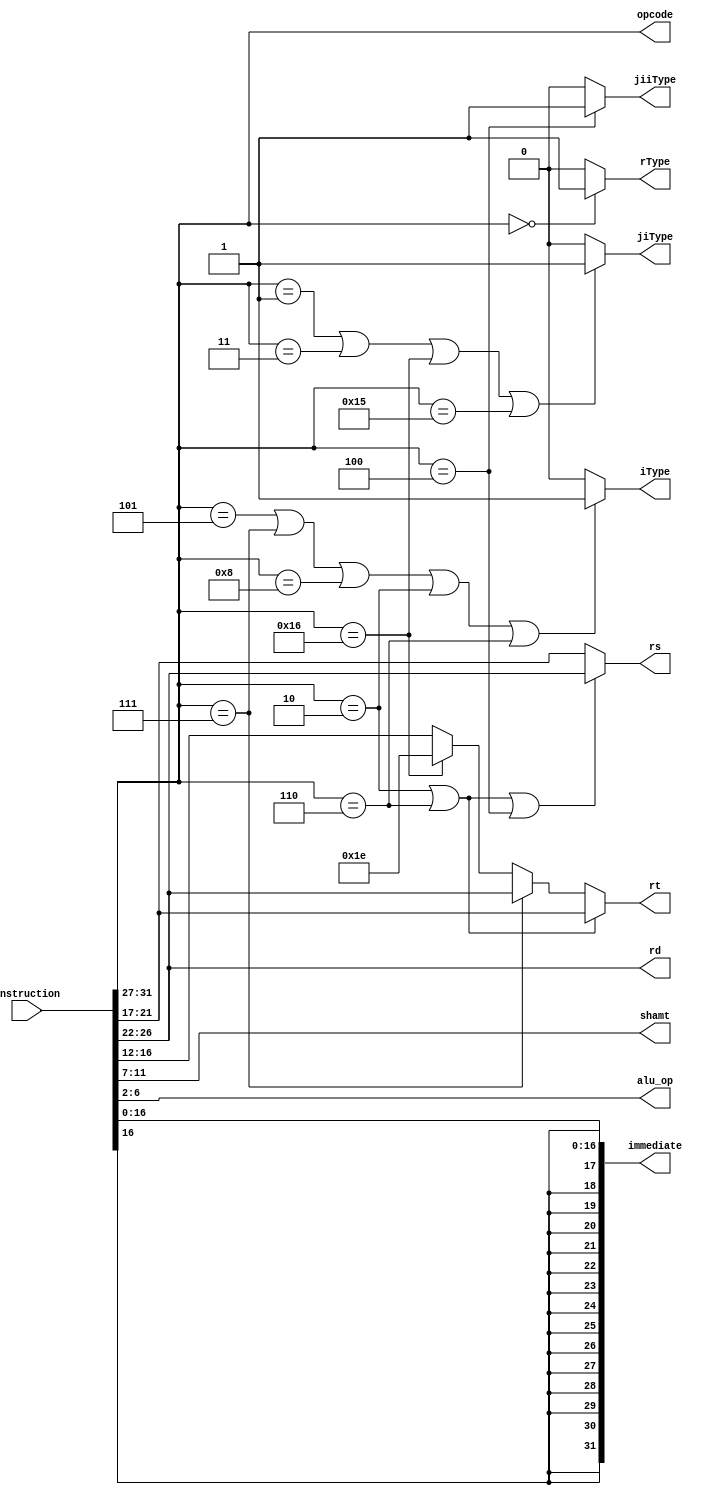
module instruction_decoder(input [31:0] instruction,
    output [4:0] opcode, rd, rs, rt, shamt,
    output [4:0] alu_op,
    output [31:0] immediate, 
    output rType, iType, jiType, jiiType
);

    assign opcode = instruction[31:27];
    
    assign rd = instruction[26:22];

    
    assign rs = ((instruction[31:27] == 5'b00010) | (instruction[31:27] == 5'b00110) | (instruction[31:27] == 5'b00100)) ? instruction[26:22] :
                instruction[21:17];

    assign rt = ((instruction[31:27] == 5'b00010) | (instruction[31:27] == 5'b00110)) ? instruction[21:17] :
                (instruction[31:27] == 5'b00111) ? instruction[26:22] : (instruction[31:27] == 5'b10110) ? 5'b11110 : instruction[16:12];
   
    assign shamt = instruction[11:7];
    assign alu_op = instruction[6:2];
    assign immediate = {{15{instruction[16]}}, instruction[16:0]};

    assign iType = ((instruction[31:27] == 5'b00101) | (instruction[31:27] == 5'b00111) | (instruction[31:27] == 5'b01000) | (instruction[31:27] == 5'b00010) | (instruction[31:27] == 5'b00110)) ? 1'b1 : 1'b0;
    assign rType = (instruction[31:27] == 5'b00000) ? 1'b1 : 1'b0;
    assign jiType = (instruction[31:27] == 5'b00001 | instruction[31:27] == 5'b00011 | instruction[31:27] == 5'b10110 | instruction[31:27] == 5'b10101) ? 1'b1 : 1'b0;
    assign jiiType = (instruction[31:27] == 5'b00100) ? 1'b1 : 1'b0;


endmodule